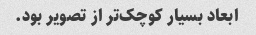
ابعاد بسیار کوچک‌تر از تصویر بود.